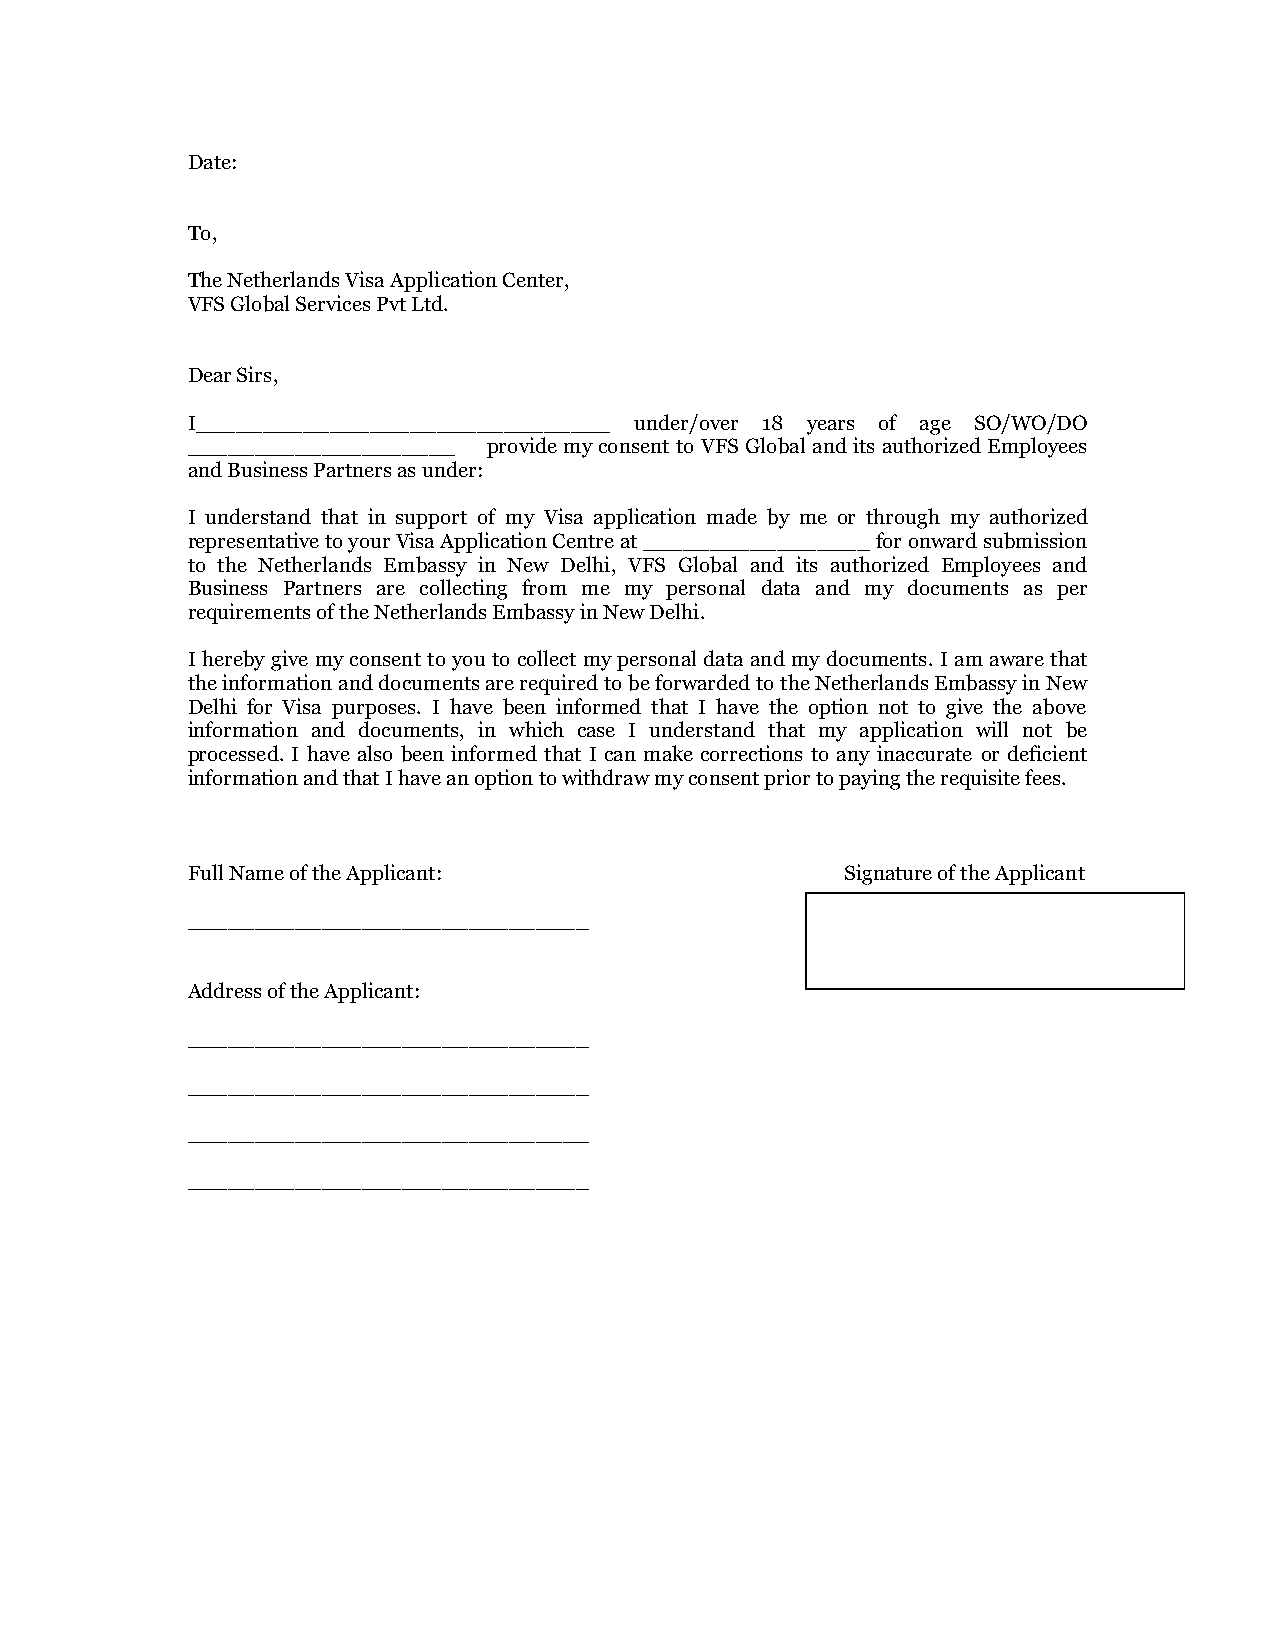
Date:
 To,
 The Netherlands Visa Application Center,
 VFS Global Services Pvt Ltd.
 Dear Sirs,
 I_______________________________ under/over 18 years of age SO/WO/DO
 ____________________ provide my consent to VFS Global and its authorized Employees
 and Business Partners as under:
 I understand that in support of my Visa application made by me or through my authorized
 representative to your Visa Application Centre at _________________ for onward submission
 to the Netherlands Embassy in New Delhi, VFS Global and its authorized Employees and
 Business Partners are collecting from me my personal data and my documents as per
 requirements of the Netherlands Embassy in New Delhi.
 I hereby give my consent to you to collect my personal data and my documents. I am aware that
 the information and documents are required to be forwarded to the Netherlands Embassy in New
 Delhi for Visa purposes. I have been informed that I have the option not to give the above
 information and documents, in which case I understand that my application will not be
 processed. I have also been informed that I can make corrections to any inaccurate or deficient
 information and that I have an option to withdraw my consent prior to paying the requisite fees.
 Full Name of the Applicant:                 Signature of the Applicant
 ______________________________
 Address of the Applicant:
 ______________________________
 ______________________________
 ______________________________
 ______________________________